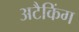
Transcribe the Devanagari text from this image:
अटैकिंग